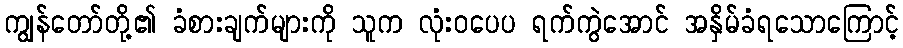
ကျွန်တော်တို့၏ ခံစားချက်များကို သူက လုံးဝပေပ ရက်ကွဲအောင် အနှိမ်ခံရသောကြောင့်